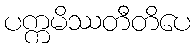
ပက္ကမိဿတီတိပေ